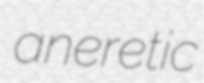
aneretic